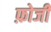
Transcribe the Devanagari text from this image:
फ़ोजी